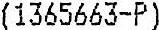
(1365663-P)